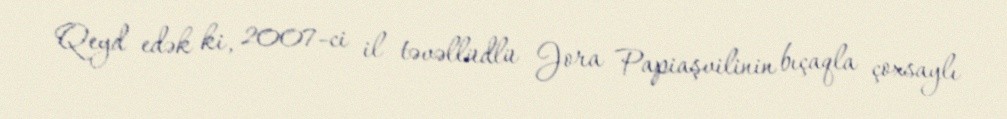
Qeyd edək ki, 2007-ci il təvəllüdlü Jora Papiaşvilinin bıçaqla çoxsaylı